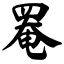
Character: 罨